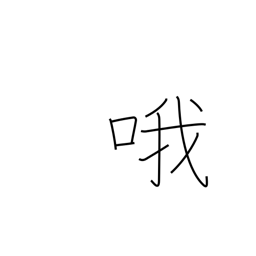
Meaning: sing